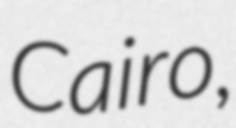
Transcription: Cairo,